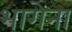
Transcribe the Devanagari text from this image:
भागेना